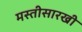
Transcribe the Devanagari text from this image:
मस्तीसारखी